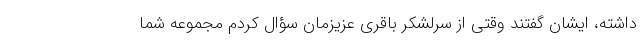
داشته، ایشان گفتند وقتی از سرلشکر باقری عزیزمان سؤال کردم مجموعه شما